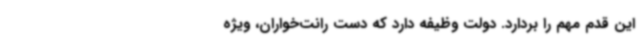
این قدم مهم را بردارد. دولت وظیفه دارد که دست رانت‌خواران،‌ ویژه‌